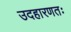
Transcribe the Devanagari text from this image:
उदहारणतः